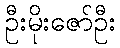
ဦးမိုးဇော်ဦး